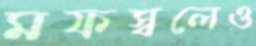
মফস্বলেও